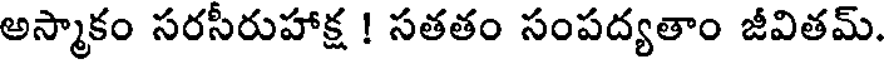
అస్మాకం సరసీరుహాక్ష ! సతతం సంపద్యతాం జీవితమ్.